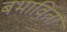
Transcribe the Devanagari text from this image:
बभाविता